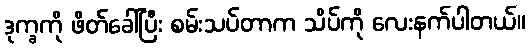
ဒုက္ခကို ဖိတ်ခေါ်ပြီး စမ်းသပ်တာက သိပ်ကို လေးနက်ပါတယ်။